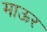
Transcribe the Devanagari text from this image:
माऊर